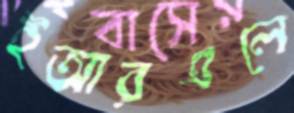
ইআরএলে